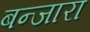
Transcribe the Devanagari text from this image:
बन्जारा